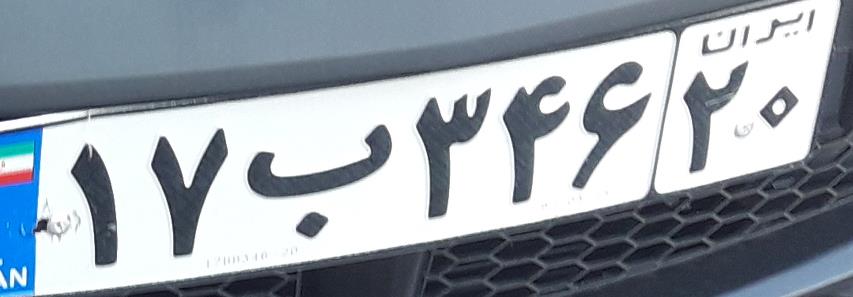
۱۷ب۳۴۶۲۰